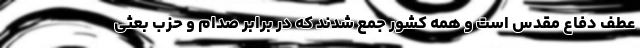
عطف دفاع مقدس است و همه کشور جمع شدند که در برابر صدام و حزب بعثی